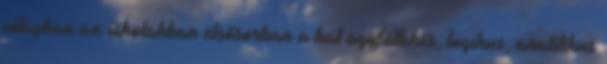
világban az iskolákban elsősorban a bal agyféltekés, logikus, analitikus